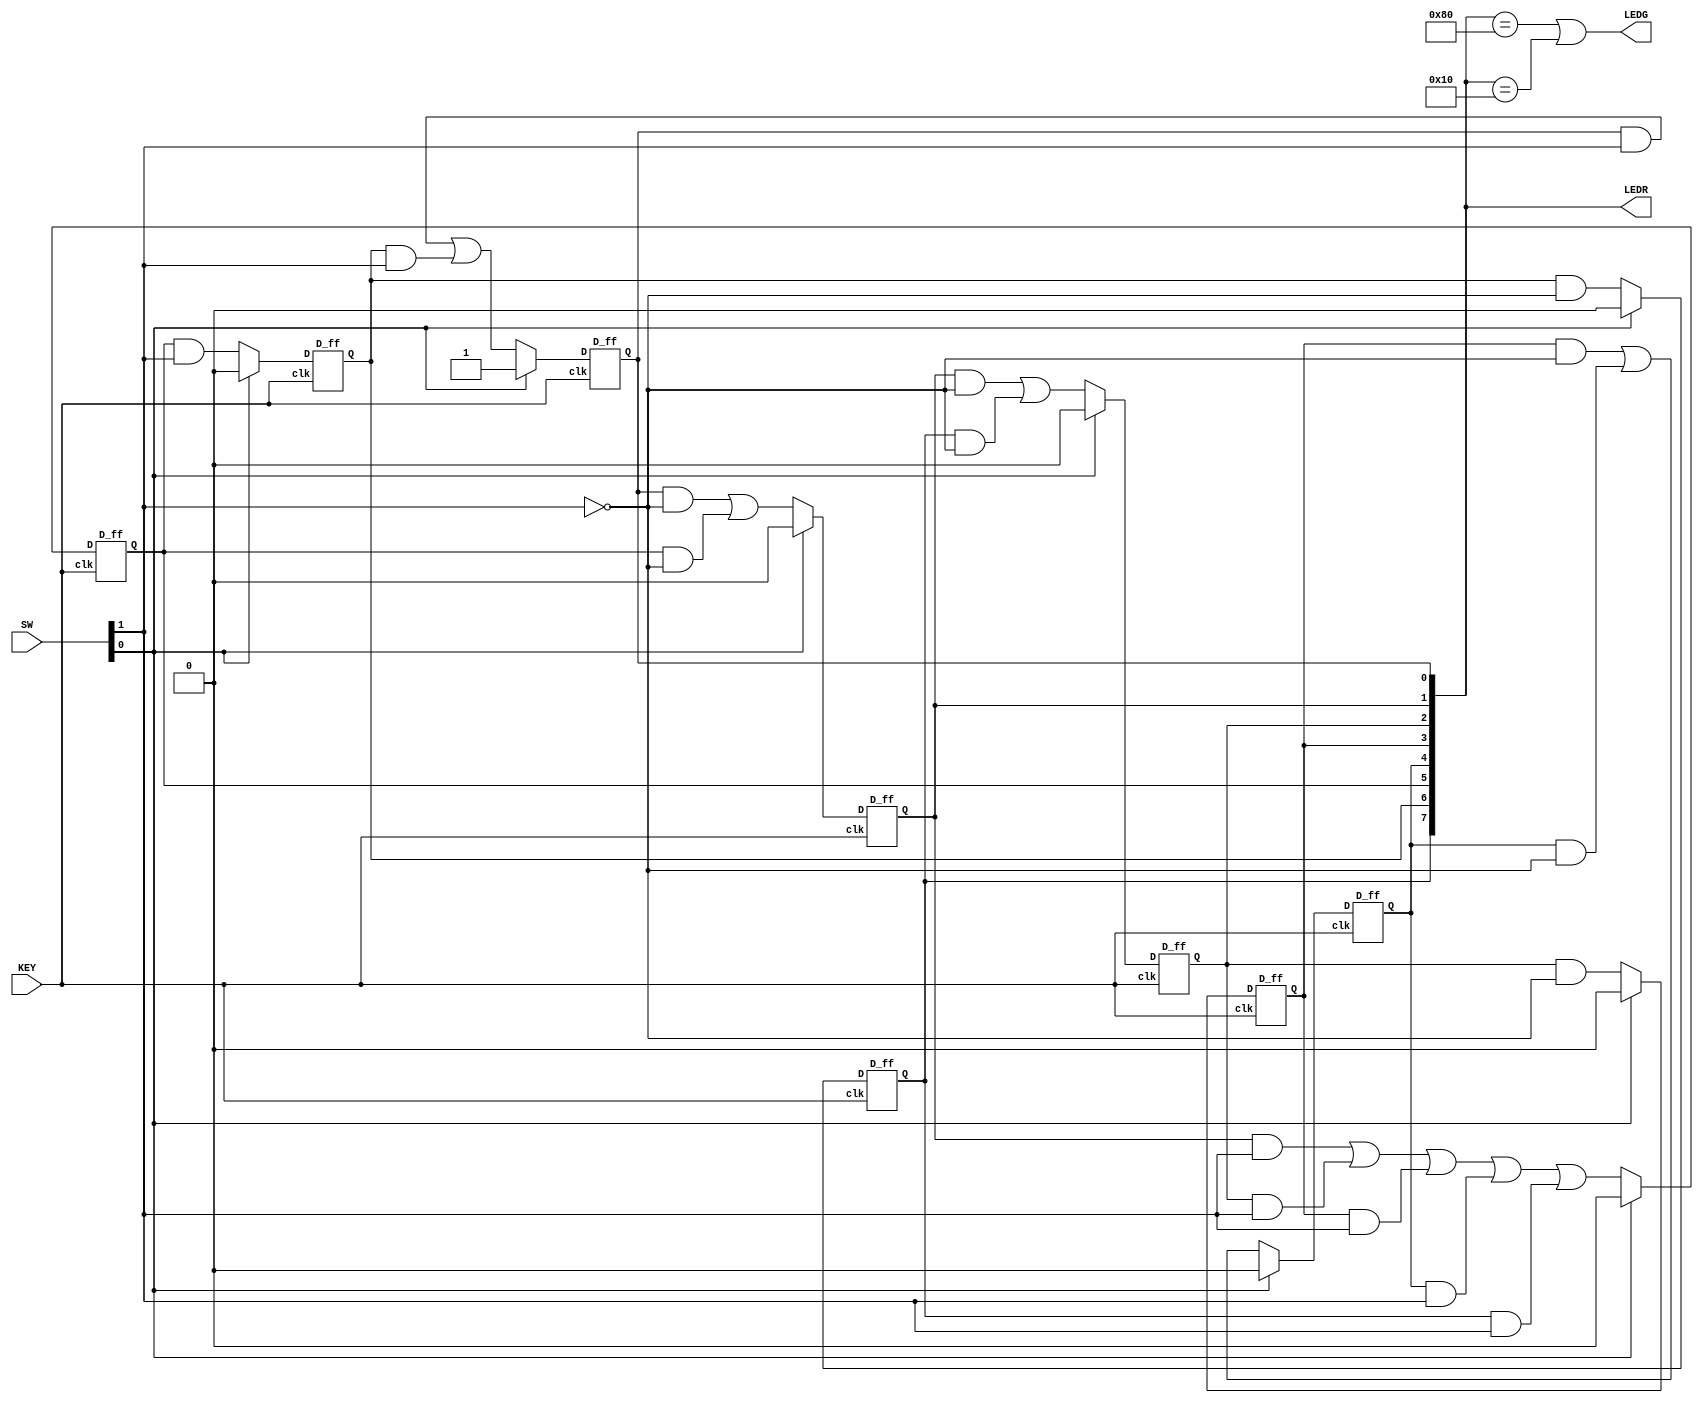
module part1(KEY, SW, LEDG, LEDR);

	input [1:0]SW;
	input [0:0]KEY;
	output [0:0]LEDG;
	output [7:0]LEDR;
	

	wire z;
	reg [7:0]Y; //8-bits
	wire [7:0]y;	
	wire reset = SW[0];
	wire w = SW[1];
	wire clock = KEY[0];

	parameter A=8'b00000001, B=8'b00000010, C=8'b00000100, D=8'b00001000, E=8'b00010000, F=8'b00100000, G=8'b01000000, H=8'b10000000; 

	D_ff U0(Y[0], clock, y[0]);
	D_ff U1(Y[1], clock, y[1]);
	D_ff U2(Y[2], clock, y[2]);
	D_ff U3(Y[3], clock, y[3]);
	D_ff U4(Y[4], clock, y[4]);
	D_ff U5(Y[5], clock, y[5]);
	D_ff U6(Y[6], clock, y[6]);
	D_ff U7(Y[7], clock, y[7]);
	
	assign LEDR = y;	
	assign z = (y == H)|(y == E);
	assign LEDG[0] = z;
	
	always@(y, w)
	begin
	
		if(reset)
		begin
			Y = A;
		end
		else
		begin
			Y[0] = y[0]&w | y[6]&w;
			Y[1] = y[0]&~w | y[5]&~w;
			Y[2] = y[1]&~w | y[7]&~w;
			Y[3] = y[2]&~w;
			Y[4] = y[3]&~w | y[4]&~w;
			Y[5] = y[1]&w | y[2]&w | y[3]&w | y[4]&w | y[7]&w;
			Y[6] = y[5]&w;
			Y[7] = y[6]&~w;
		end
	end
	
	

endmodule

module D_ff(D, clk, Q);

	input D, clk;
	output Q;
	
	reg Q;
	
	always@(posedge clk)
		Q <= D;

endmodule